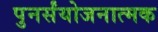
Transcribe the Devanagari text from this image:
पुनर्संयोजनात्मक